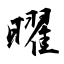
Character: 曜